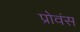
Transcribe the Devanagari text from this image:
प्रोवंस